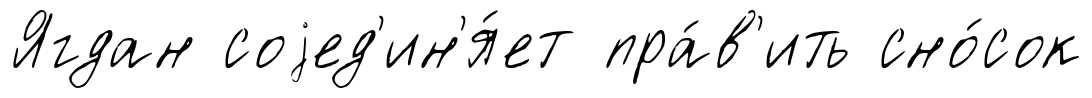
Ягдан соjед'ин'я́ет пра́в'ить сно́сок